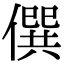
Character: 僎